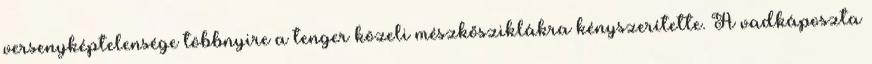
versenyképtelensége többnyire a tenger közeli mészkősziklákra kényszerítette. A vadkáposzta